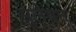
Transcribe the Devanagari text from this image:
सुलेवन